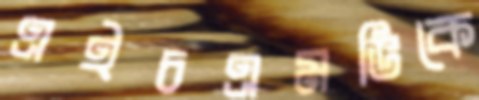
এইচএমভিকে